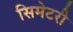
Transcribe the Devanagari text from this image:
सिमेटरी